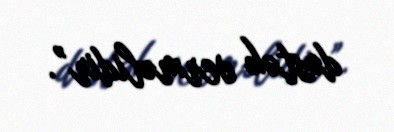
dəstək verməlidir”.